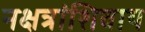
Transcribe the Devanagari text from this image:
नक्षत्रांशिवाय